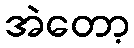
အဲတော့